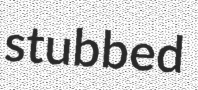
stubbed